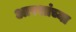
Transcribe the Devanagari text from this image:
आरशांच्या